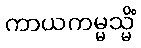
ကာယကမ္မသ္မိံ